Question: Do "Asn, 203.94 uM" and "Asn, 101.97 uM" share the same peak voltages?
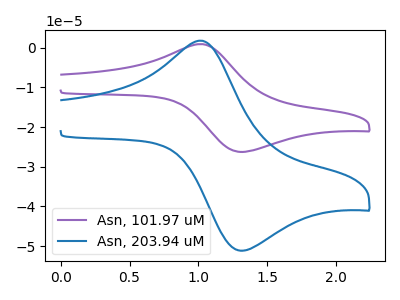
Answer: <think>The purple curve "Asn, 101.97 uM" has an anodic peak at (1.00V, 0.90uA) and a cathodic peak at (1.30V, -26.25uA). The blue curve "Asn, 203.94 uM" has an anodic peak at (1.00V, 1.75uA) and a cathodic peak at (1.30V, -51.15uA).</think>
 <answer>Yes, "Asn, 203.94 uM" have a peak in "Asn, 101.97 uM" at the same potential.</answer>
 <eval>match</eval>